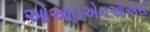
ઓઆઇએનઓએસ